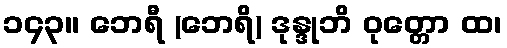
၁၄၃။ ဘေရီ (ဘေရိ) ဒုန္ဒုဘိ ဝုတ္တော ထ၊